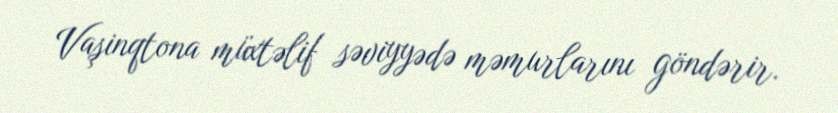
Vaşinqtona müxtəlif səviyyədə məmurlarını göndərir.